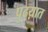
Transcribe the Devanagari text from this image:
पुढय़ात